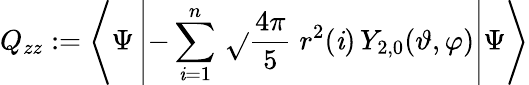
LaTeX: Q_{zz}:=\left<\Psi\left|-\sum_{\mathit{i}=1}^{n}\, \sqrt{}{{\frac{{4\pi}}{{5}}}}\; r^{2}(\mathit{i})\, Y_{2,0}(\vartheta,\varphi)\right|\Psi\right>